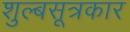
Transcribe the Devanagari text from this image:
शुल्बसूत्रकार